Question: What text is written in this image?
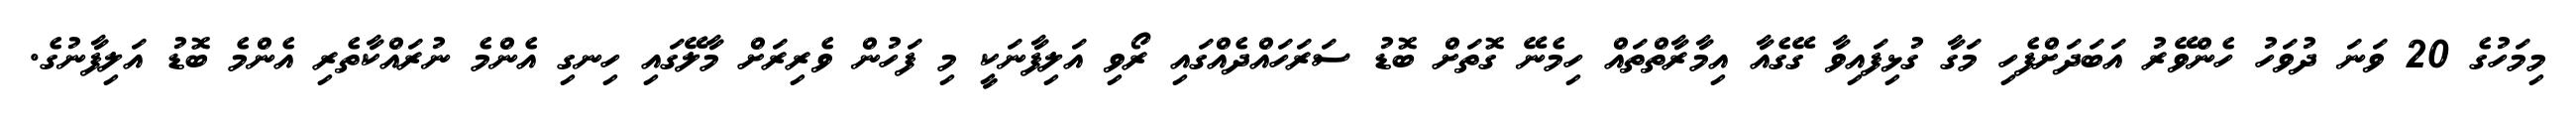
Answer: މިމަހުގެ 20 ވަނަ ދުވަހު ހެންވޭރު އަބަދަށްފެހި މަގާ ގުޅިފައިވާ ގޭގެއާ އިމާރާތްތައް ހިމެނޭ ގޮތަށް ބޮޑު ސަރަހައްދެއްގައި ރޯވި އަލިފާނަކީ މި ފަހުން ވެރިރަށް މާލޭގައި ހިނގި އެންމެ ނުރައްކާތެރި އެންމެ ބޮޑު އަލިފާނުގެ.